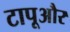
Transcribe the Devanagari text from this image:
टापूऔर